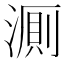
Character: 𬈦